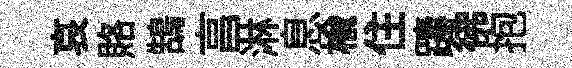
哀賂鵠亯淋息楡住躊彿抱